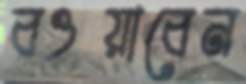
বওয়াবেন